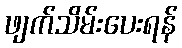
ဖျက်သိမ်းပေးရန်